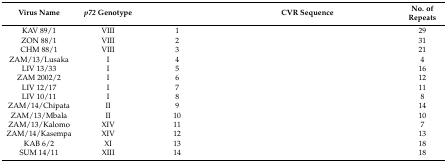
<table><thead><tr><td><b>Virus Name</b></td><td><b><i>p72</i> Genotype</b></td><td>[EMPTY_CELL]</td><td><b>CVR Sequence</b></td><td><b>No. of Repeats</b></td></tr></thead><tbody><tr><td>KAV 89/1</td><td>VIII</td><td>1</td><td>[EMPTY_CELL]</td><td>29</td></tr><tr><td>ZON 88/1</td><td>VIII</td><td>2</td><td>[EMPTY_CELL]</td><td>31</td></tr><tr><td>CHM 88/1</td><td>VIII</td><td>3</td><td>[EMPTY_CELL]</td><td>21</td></tr><tr><td>ZAM/13/Lusaka</td><td>I</td><td>4</td><td>[EMPTY_CELL]</td><td>4</td></tr><tr><td>LIV 13/33</td><td>I</td><td>5</td><td>[EMPTY_CELL]</td><td>16</td></tr><tr><td>ZAM 2002/2</td><td>I</td><td>6</td><td>[EMPTY_CELL]</td><td>12</td></tr><tr><td>LIV 12/17</td><td>I</td><td>7</td><td>[EMPTY_CELL]</td><td>11</td></tr><tr><td>LIV 10/11</td><td>I</td><td>8</td><td>[EMPTY_CELL]</td><td>8</td></tr><tr><td>ZAM/14/Chipata</td><td>II</td><td>9</td><td>[EMPTY_CELL]</td><td>14</td></tr><tr><td>ZAM/13/Mbala</td><td>II</td><td>10</td><td>[EMPTY_CELL]</td><td>10</td></tr><tr><td>ZAM/13/Kalomo</td><td>XIV</td><td>11</td><td>[EMPTY_CELL]</td><td>7</td></tr><tr><td>ZAM/14/Kasempa</td><td>XIV</td><td>12</td><td>[EMPTY_CELL]</td><td>13</td></tr><tr><td>KAB 6/2</td><td>XI</td><td>13</td><td>[EMPTY_CELL]</td><td>18</td></tr><tr><td>SUM 14/11</td><td>XIII</td><td>14</td><td>[EMPTY_CELL]</td><td>18</td></tr></tbody></table>